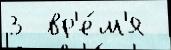
3  вр'е́м'я